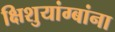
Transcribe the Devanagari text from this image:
क्षिशुयांग्बांना